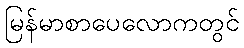
မြန်မာစာပေလောကတွင်